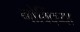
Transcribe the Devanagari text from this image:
गोविंदच्या